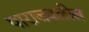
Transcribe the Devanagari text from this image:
पाराजवळील